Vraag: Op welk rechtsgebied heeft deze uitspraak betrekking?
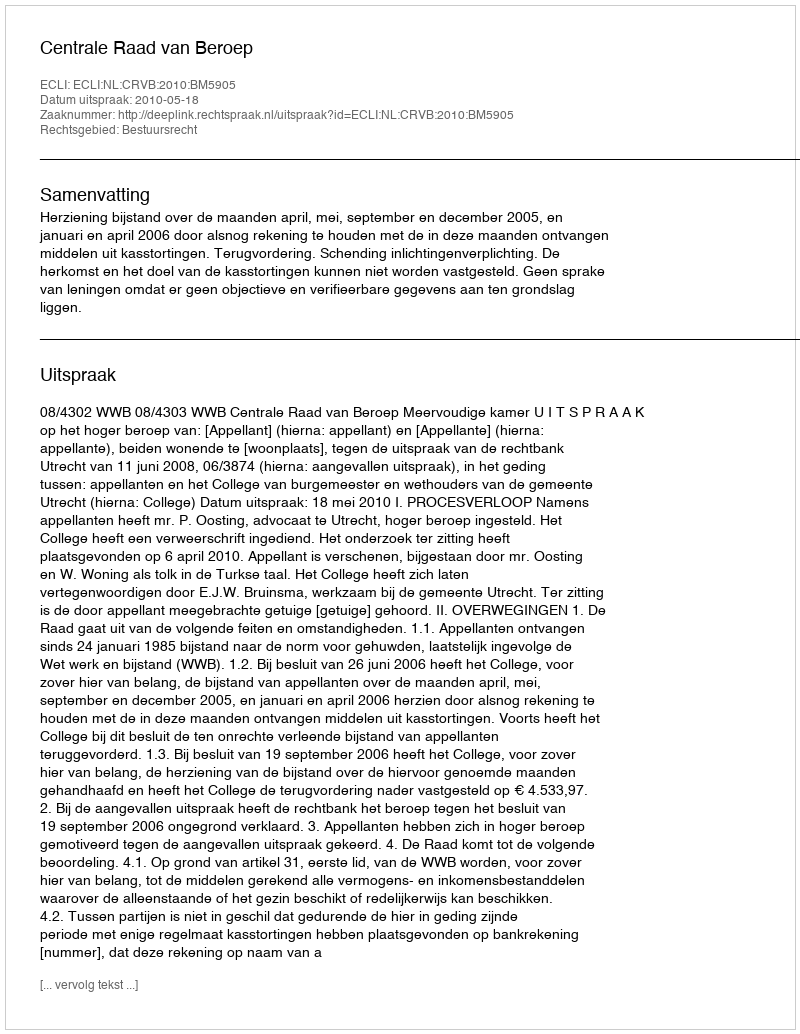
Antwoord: Bestuursrecht